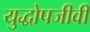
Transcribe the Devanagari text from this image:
युद्धोपजीवी